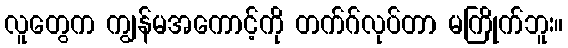
လူတွေက ကျွန်မအကောင့်ကို တက်ဂ်လုပ်တာ မကြိုက်ဘူး။